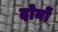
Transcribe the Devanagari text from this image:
दोनों